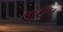
લોથલ